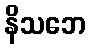
နိသဘေ